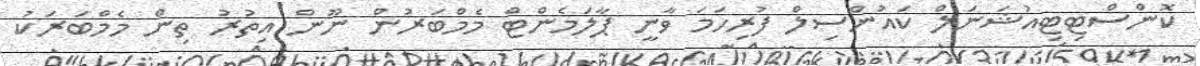
ކޮންސްޓިޓިއުޝަނަލް ކައުންސިލް ފުރިހަމަ ވާނީ ޕާލަމެންޓް މެމްބަރުން ނޫން އިތުރު ތިން މެމްބަރަކު